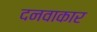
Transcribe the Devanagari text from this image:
दनवाकार